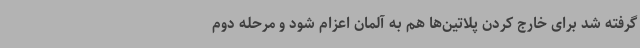
گرفته شد برای خارج کردن پلاتین‌ها هم به آلمان اعزام شود و مرحله دوم